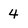
Character: 4